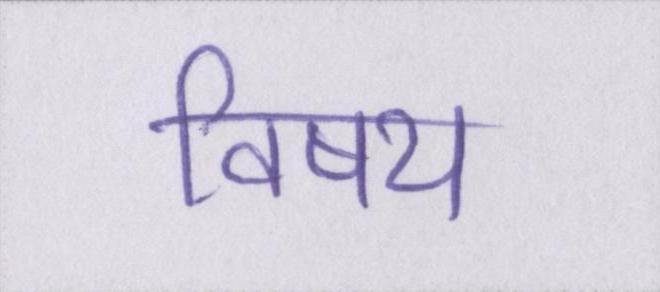
विषय